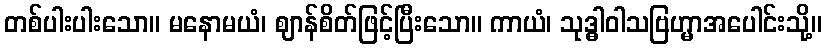
တစ်ပါးပါးသော။ မနောမယံ၊ ဈာန်စိတ်ဖြင့်ပြီးသော။ ကာယံ၊ သုဒ္ဓါဝါသဗြဟ္မာအပေါင်းသို့။